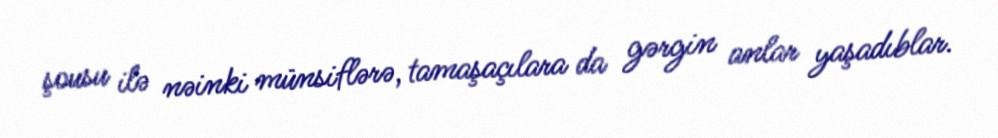
şousu ilə nəinki münsiflərə, tamaşaçılara da gərgin anlar yaşadıblar.